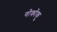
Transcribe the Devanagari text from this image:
गोकोकु